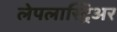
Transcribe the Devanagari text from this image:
लेपलास्ट्रिअर